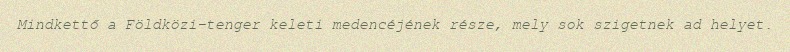
Mindkettő a Földközi-tenger keleti medencéjének része, mely sok szigetnek ad helyet.